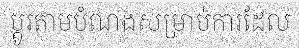
ប្តូរតាមបំណងសម្រាប់ការដែល